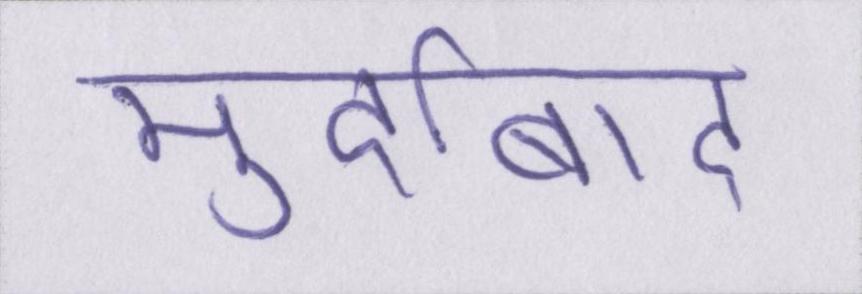
मुर्दाबाद